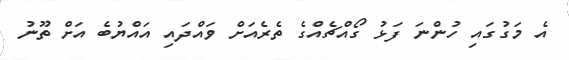
އެ މަގުގައި ހުންނަ ފަޅު ގޯއްޗެއްގެ ތެރެއަށް ވައްދައި އައްޔުބެ އަށް ތޫނު